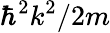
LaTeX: \hbar^{2}k^{2}/2m